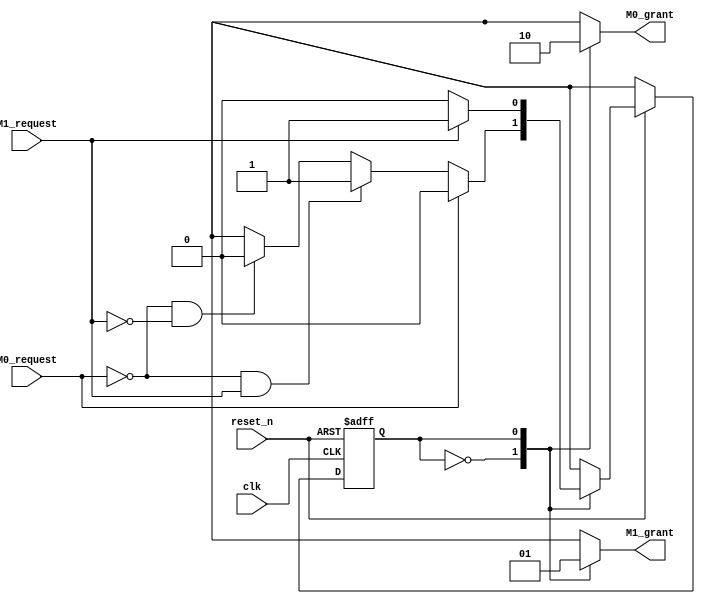
module bus_arbit(M0_request, M1_request, M0_grant, M1_grant, clk, reset_n);			//module start
	input M0_request, M1_request, clk, reset_n;													//declare input
	output reg M0_grant, M1_grant;																	//declare output
	reg state, next_state;																				//declare reg
	
	parameter M0_STATE = 1'b0;
	parameter M1_STATE = 1'b1;
	
	always@(posedge clk or negedge reset_n)begin													//register
		if(reset_n==1'b0) state <= M0_STATE;
		else if(reset_n==1'b1) state <= next_state;
		else state <= 1'bx;
	end
	
	always@ (M0_request or M1_request or state)begin											//ns logic
		case(state)																							//case start
		M0_STATE: begin																					//M0_state
		if(M0_request==1)
			next_state = M0_STATE;
		else if((M0_request==0)&&(M1_request==1))
			next_state = M1_STATE;
		else if((M0_request==0)&&(M1_request==0))
			next_state = M0_STATE;
		else
			next_state <= 1'bx;
		end
		
		M1_STATE: begin																					//M1_state
		if(M1_request==1)
			next_state = M1_STATE;
		else if (M1_request==0)
			next_state = M0_STATE;
		else
			next_state = 1'bx;
		end
		
		default: next_state = 1'bx;
		endcase																								//endcase
	end
	
	always @(state)begin																					//always at changing state
		case(state)																							//case start
		M0_STATE:begin																						//M0_STATE
			M0_grant=1'b1;
			M1_grant=1'b0;
		end
		M1_STATE:begin																						//M1_STATE
			M0_grant=1'b0;
			M1_grant=1'b1;
		end
		default:begin
			M0_grant=1'bx;
			M1_grant=1'bx;
		end
		endcase																								//endcase
	end
	endmodule																								//endmodule